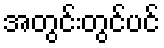
အတွင်းတွင်ပင်